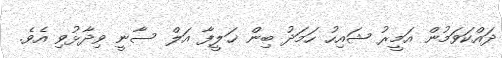
ދައްކަވަމުން އަމީރު ޝައިހު ހަމަދު ބިން ޚަލީފާ އަލް ސާނީ ވިދާޅުވި އެވެ.